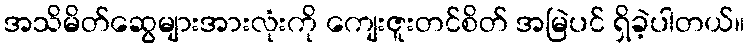
အသိမိတ်ဆွေများအားလုံးကို ကျေးဇူးတင်စိတ် အမြဲပင် ရှိခဲ့ပါတယ်။